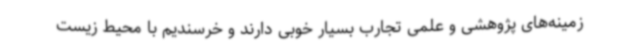
زمینه‌های پژوهشی و علمی تجارب بسیار خوبی دارند و خرسندیم با محیط زیست